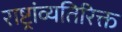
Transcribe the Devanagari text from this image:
राष्ट्रांव्यतिरिक्त